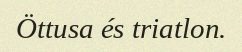
Öttusa és triatlon.